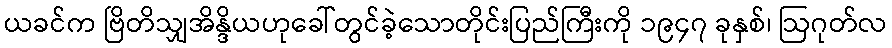
ယခင်က ဗြိတိသျှအိန္ဒိယဟုခေါ်တွင်ခဲ့သောတိုင်းပြည်ကြီးကို ၁၉၄၇ ခုနှစ်၊ ဩဂုတ်လ